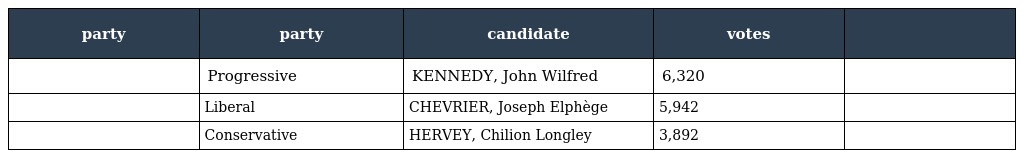
| party | party | candidate | votes |  |
 | --- | --- | --- | --- | --- |
 |  | Progressive | KENNEDY, John Wilfred | 6,320 |  |
 |  | Liberal | CHEVRIER, Joseph Elphège | 5,942 |  |
 |  | Conservative | HERVEY, Chilion Longley | 3,892 |  |